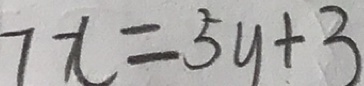
7 x = 5 y + 3